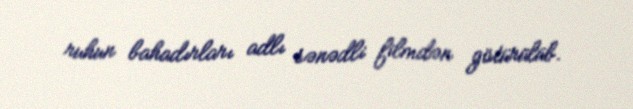
ruhun bahadırları adlı sənədli filmdən götürülüb.